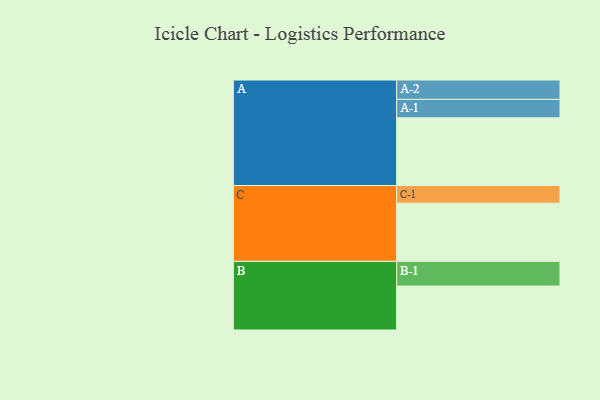
{"axis": {"x": "Segment", "y": "Value"}, "legend": ["", "A", "B", "C"], "data": [{"x": "A", "y": 584, "type": ""}, {"x": "B", "y": 379, "type": ""}, {"x": "C", "y": 502, "type": ""}, {"x": "A-1", "y": 159, "type": "A"}, {"x": "A-2", "y": 167, "type": "A"}, {"x": "B-1", "y": 213, "type": "B"}, {"x": "C-1", "y": 152, "type": "C"}]}